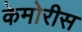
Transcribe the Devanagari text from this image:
केमोरीस